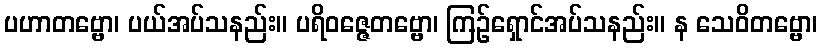
ပဟာတဗ္ဗော၊ ပယ်အပ်သနည်း။ ပရိဝဇ္ဇေတဗ္ဗော၊ ကြဉ်ရှောင်အပ်သနည်း။ န သေဝိတဗ္ဗော၊